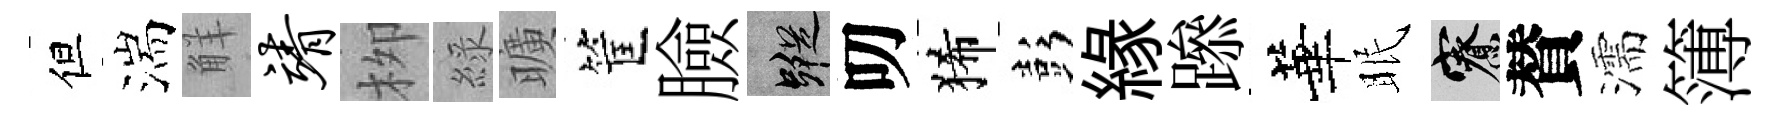
但湍觧靖栁綠曠筐臉蹤叨狶彭緣𨅶華眠寮賛濡簿